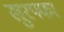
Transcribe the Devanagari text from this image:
खुरपका